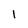
Character: 1